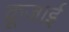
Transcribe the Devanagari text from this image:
क्रूज़ाई